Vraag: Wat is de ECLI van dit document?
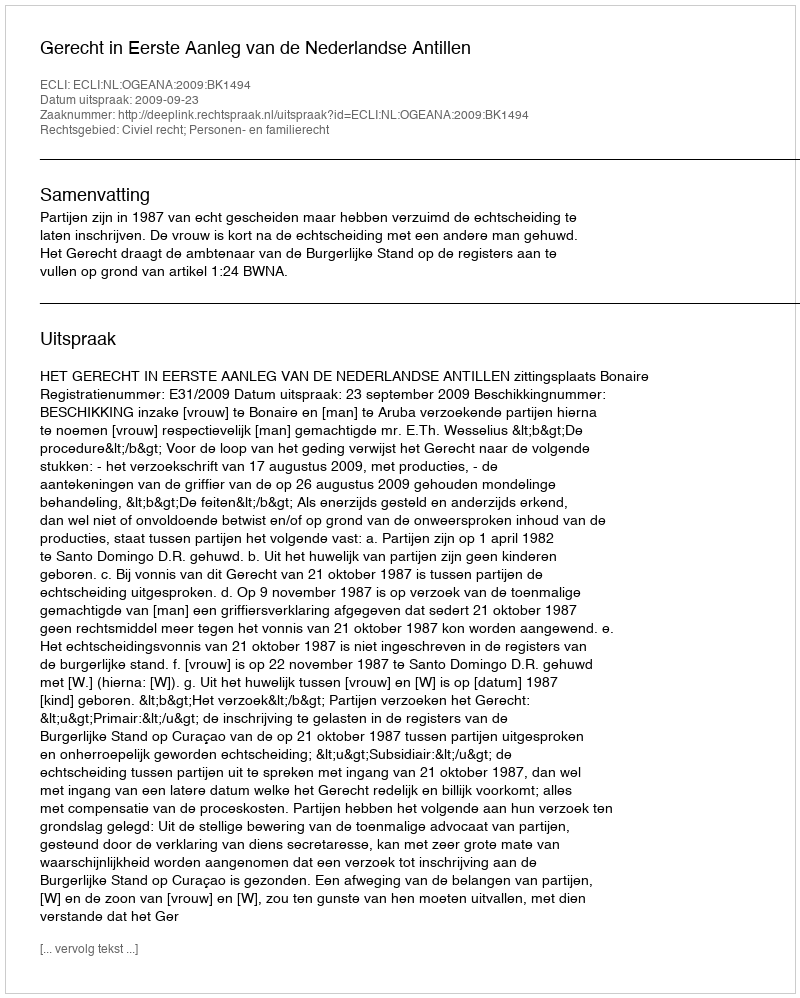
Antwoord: ECLI:NL:OGEANA:2009:BK1494